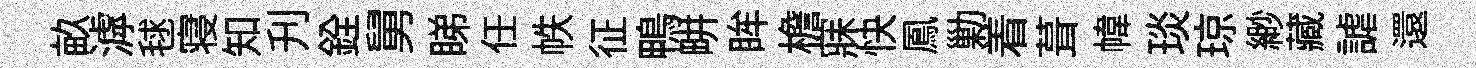
畝滹毬寝知刋銓舅睇任帙征鴨畊眸檐寐快鳳勦着葺幃琰琼緲藏謔還